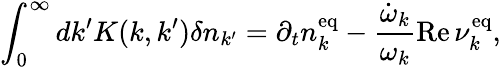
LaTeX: \int_{0}^{\infty}dk^{\prime}K(k,k^{\prime})\delta n_{k^{\prime}}=\partial_{t}n_{k}^{\mathrm{eq}}-\frac{\dot{\omega}_{k}}{\omega_{k}}{\mathrm{Re}}\, \nu_{k}^{\mathrm{eq}},